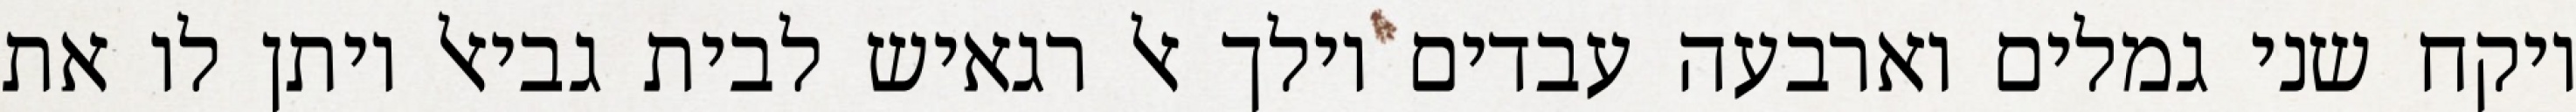
ויקח שני גמלים וארבעה עבדים וילך אל רגאיש לבית גביאל ויתן לו את